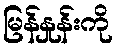
မြန်နှုန်းကို